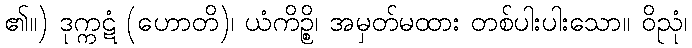
၏။) ဒုက္ကဋံ (ဟောတိ)၊ ယံကိဉ္စိ၊ အမှတ်မထား တစ်ပါးပါးသော။ ဝိညုံ၊